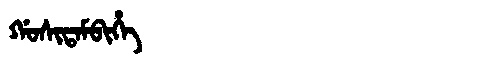
Manchu: ᡤᠣᠰᡳᡨᠠᠮᠪᡳᡥᡝ
Romanization: GOSITAMBIHE